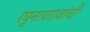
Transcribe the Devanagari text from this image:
रघुनाथरावांची